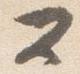
公